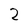
Character: 2